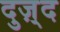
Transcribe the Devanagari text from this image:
दुज़्द